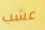
عشب